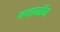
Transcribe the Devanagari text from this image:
बचानॉन